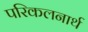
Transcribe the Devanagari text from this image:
परिकलनार्थ